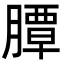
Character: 䐺